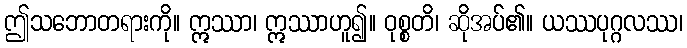
ဤသဘောတရားကို။ ဣဿာ၊ ဣဿာဟူ၍။ ဝုစ္စတိ၊ ဆိုအပ်၏။ ယဿပုဂ္ဂလဿ၊